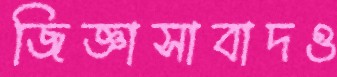
জিজ্ঞাসাবাদও